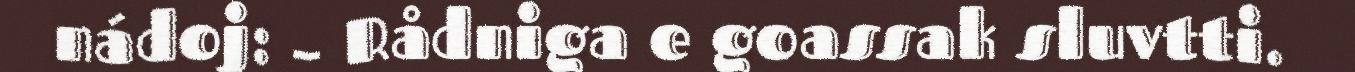
nádoj: – Rådniga e goassak sluvtti.